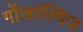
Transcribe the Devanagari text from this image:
गोंजाल्विज